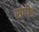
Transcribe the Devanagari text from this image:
सपीङ